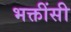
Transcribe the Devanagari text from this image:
भक्तींसी